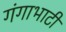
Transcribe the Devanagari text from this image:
गंगाभाटी